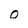
Character: 0